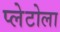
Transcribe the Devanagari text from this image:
प्लेटोला